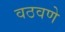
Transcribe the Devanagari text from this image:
वठवणे